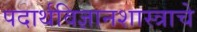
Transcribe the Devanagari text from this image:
पदार्थविज्ञानशास्त्राचे